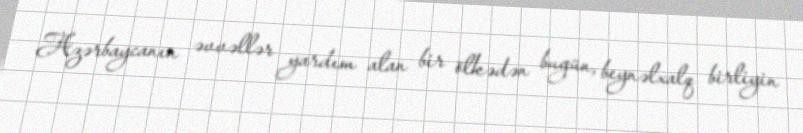
Azərbaycanın əvvəllər yardım alan bir ölkədən bugün, beynəlxalq birliyin